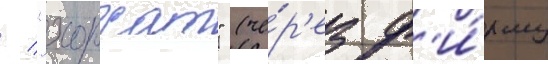
/ "хорхат" (че́р'ез ф'и́рму